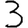
Digit: 3